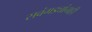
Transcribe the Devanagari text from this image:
सवंगड्यांनाही